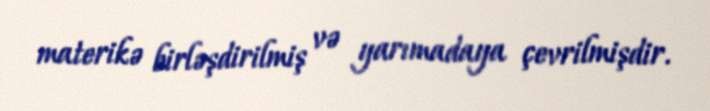
materikə birləşdirilmiş və yarımadaya çevrilmişdir.